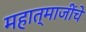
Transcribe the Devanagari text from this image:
महात्माजींचे